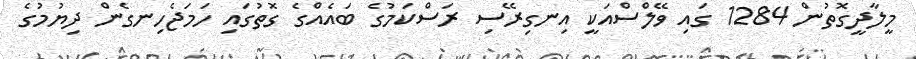
މީލާދީގޮތުން 1284 ގައި ވޭލްސްއަކީ އިނގިރޭސި ރަސްކަމުގެ ބައެއްގެ ގޮތުގައި ހަމަޖެހިނގެން ދިޔުމުގެ